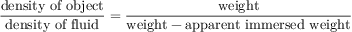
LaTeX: { \frac { \mathrm { d e n s i t y ~ o f ~ o b j e c t } } { \mathrm { d e n s i t y ~ o f ~ f l u i d } } } = { \frac { \mathrm { w e i g h t } } { { \mathrm { w e i g h t } } - { \mathrm { a p p a r e n t ~ i m m e r s e d ~ w e i g h t } } } }